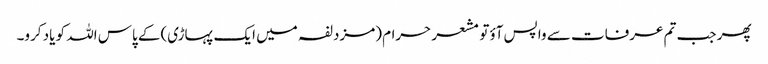
پھر جب تم عرفات سے واپس آؤتو مشعر حرام (مزدلفہ میں ایک پہاڑی)کے پاس اللہ کو یاد کرو۔